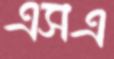
এসএ